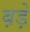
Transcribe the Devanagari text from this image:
ब़ड़े